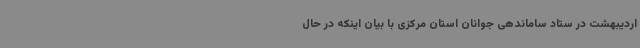
اردیبهشت در ستاد ساماندهی جوانان استان مرکزی با بیان اینکه در حال